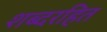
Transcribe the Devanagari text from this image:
शब्दरहित